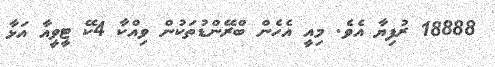
18888 ރުފިޔާ އެވެ. މިއީ އެހެން ބްރޭންޑުތަކުން ވިއްކާ 4ކޭ ޓީވީއާ އަޅާ